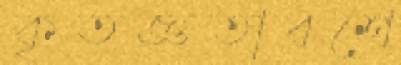
কৃতজ্ঞতাবশে